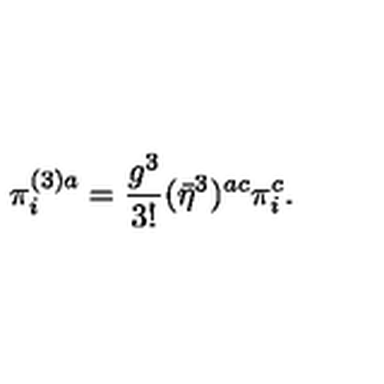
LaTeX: \pi _ { i } ^ { ( 3 ) a } = \frac { g ^ { 3 } } { 3 ! } ( \bar { \eta } ^ { 3 } ) ^ { a c } \pi _ { i } ^ { c } .